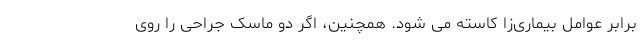
برابر عوامل بیماری‌زا کاسته می شود. همچنین، اگر دو ماسک جراحی را روی